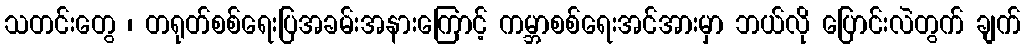
သတင်းတွေ ၊ တရုတ်စစ်ရေးပြအခမ်းအနားကြောင့် ကမ္ဘာစစ်ရေးအင်အားမှာ ဘယ်လို ပြောင်းလဲတွက် ချက်